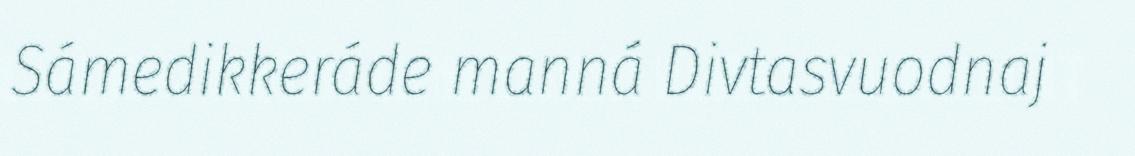
Sámedikkeráde manná Divtasvuodnaj